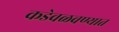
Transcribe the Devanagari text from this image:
कडेवळवण्यात